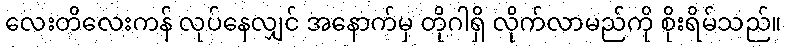
လေးတိလေးကန် လုပ်နေလျှင် အနောက်မှ တိုဂါရှိ လိုက်လာမည်ကို စိုးရိမ်သည်။